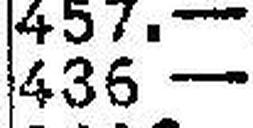
436.—